Vabadussoja_Ajaloo_Komitee, lk 32
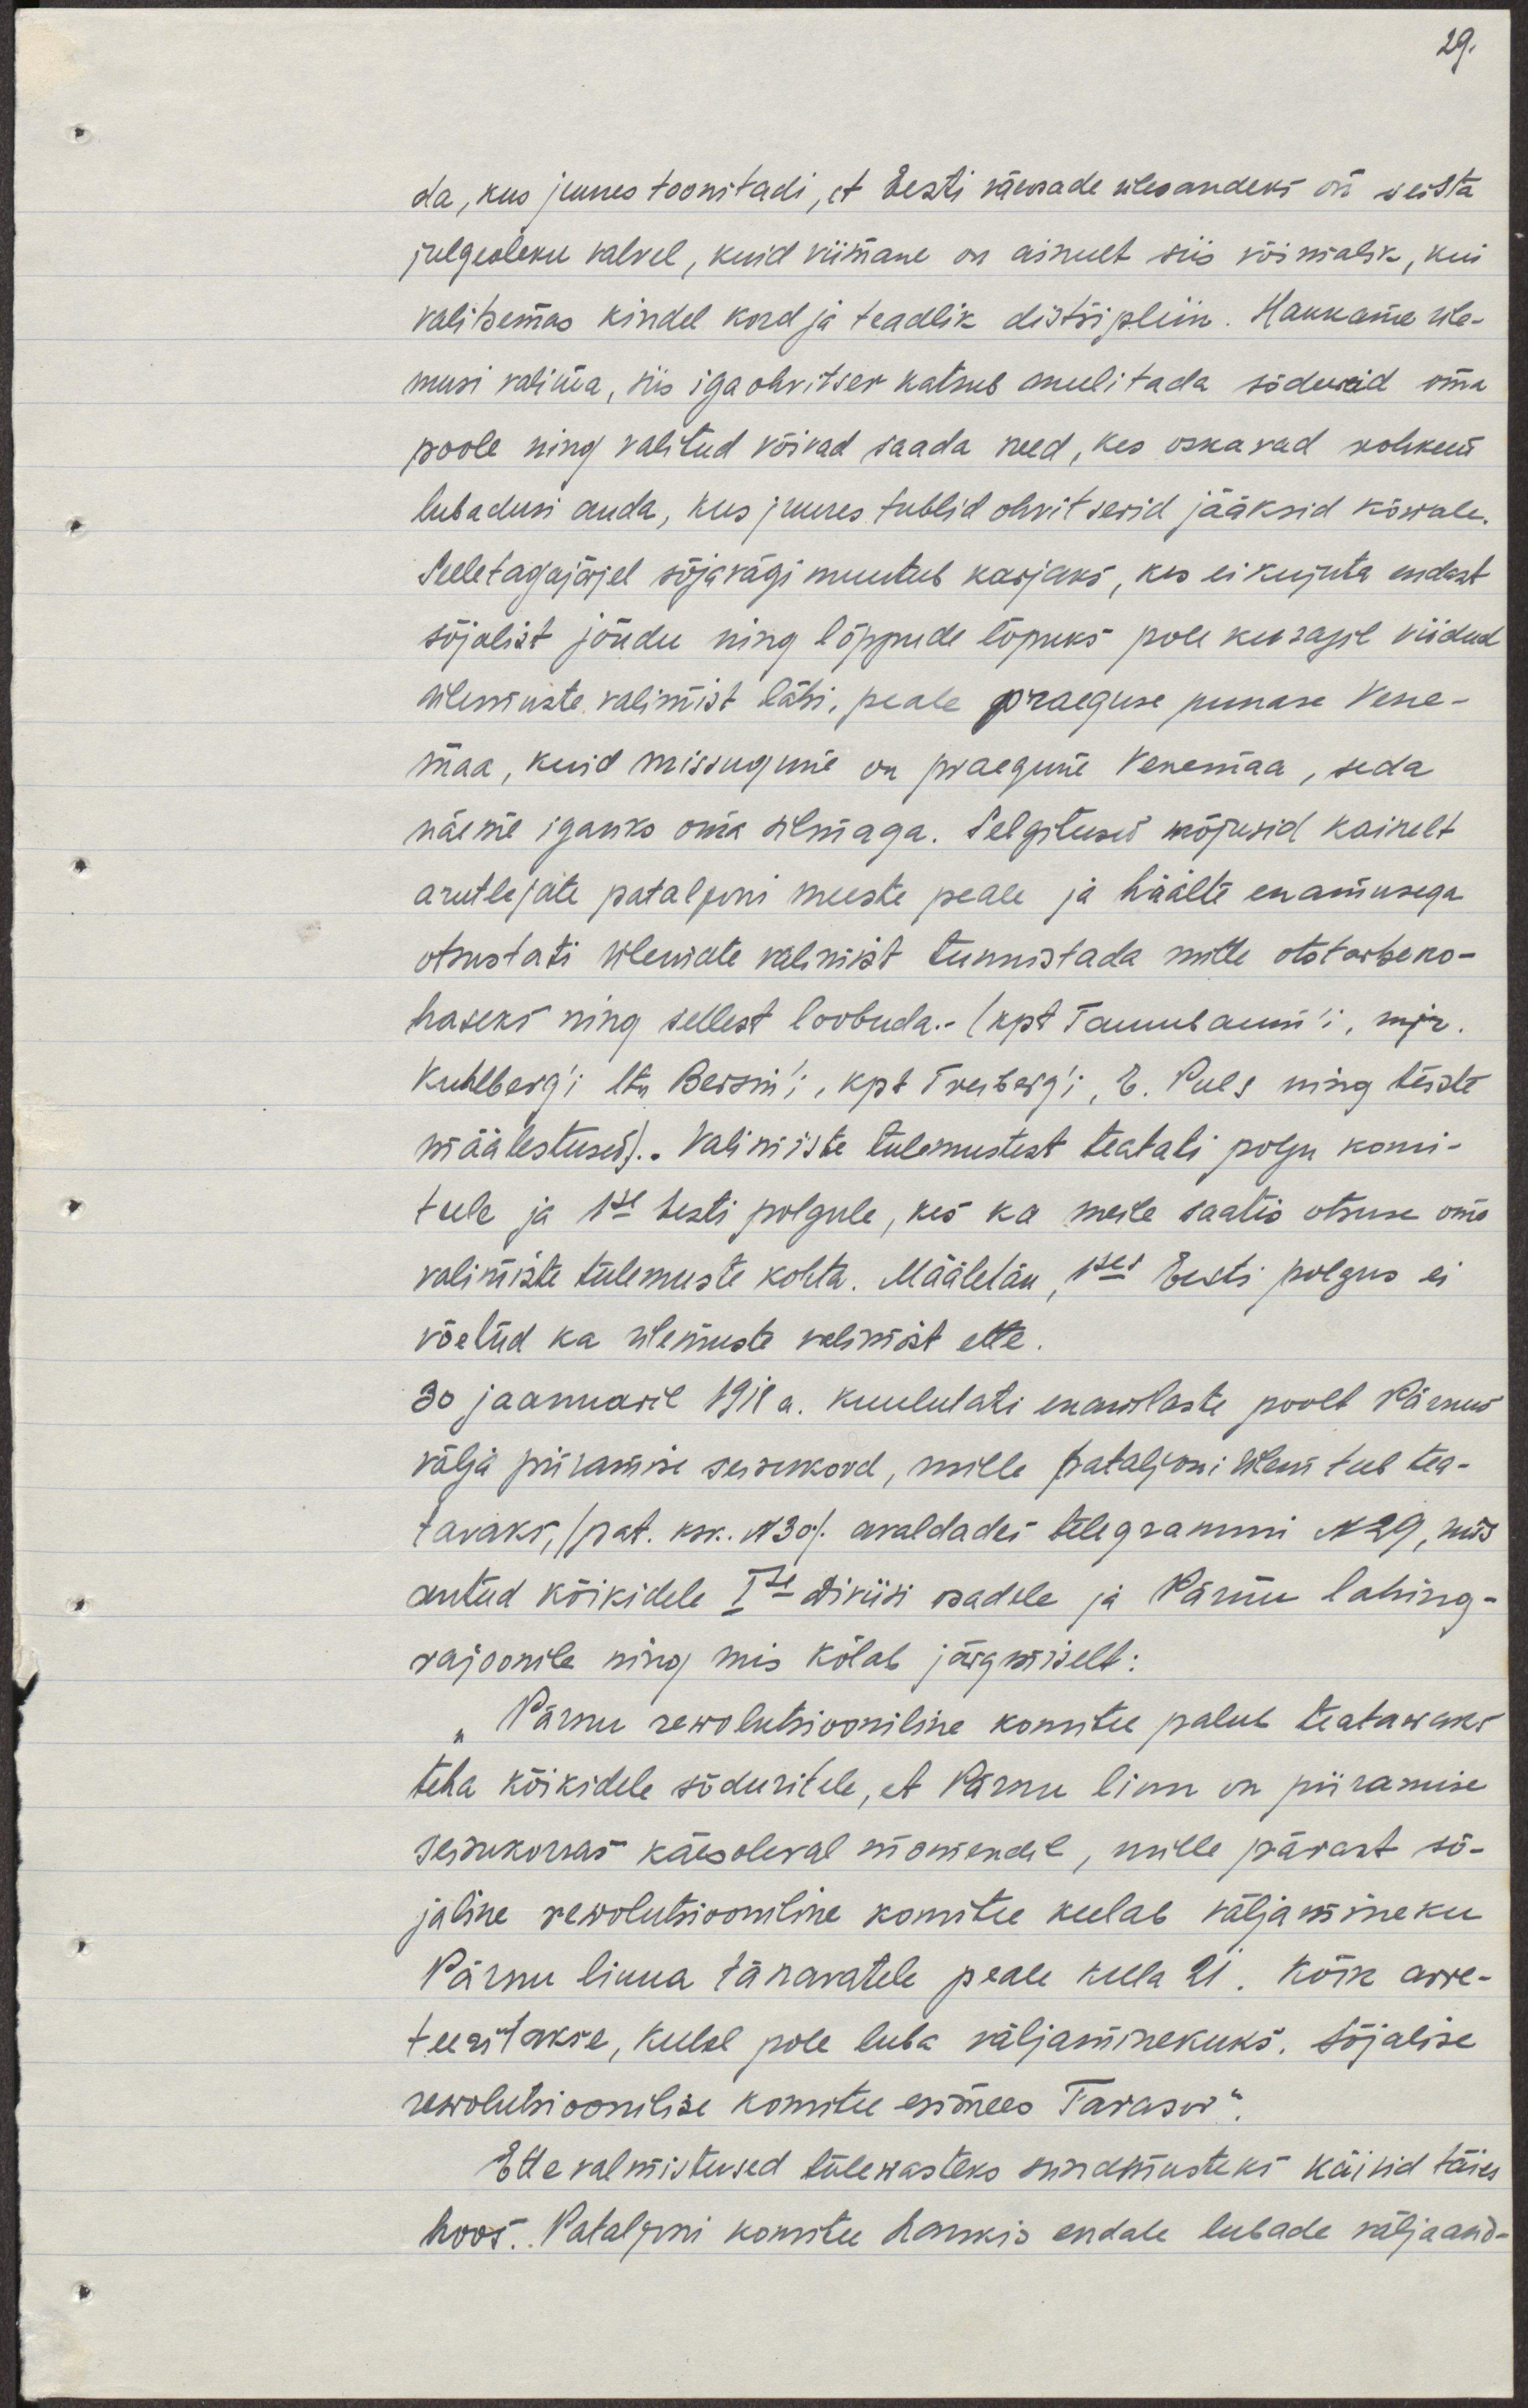
da, kus juures toonitadi, et Eesti väeosade ülesandeks on seista
julgoleku valvel, kuid viimane on ainult siis võimalik, kui
valitsemas kindel kord ja teadlik distsipliin. Hakkame üle-
musi valima, siis iga ohvitser katsub meelitada sõdureid oma
poole ning valitud võivad saada need, kes oskavad rohkem
lubadusi anda, kus juures tublid ohvitserid jääksid kõrvale.
Selle tagajärjel sõjavägi muutub karjaks, kes ei kujuta endast  
sõjalist jõudu ning lõppude lõpuks pole kusagil viidud
ülemuste valimisi läbi, peale punase Vene-
maa, kuid missugune on praegune Venemaa, seda
näeme igaüks oma silmaga. Selgitused mõjusid kainelt
arutlejate pataljoni meeste peale ja häälte enamusega
otsustati ülemate valimist tunnistada mitte otstarbeko-
haseks ning sellest loobuda. (Kpt Tannebaum'i, mjr.
Kuhlberg'i, Lt Bersin'i, kpt Treiberg'i, G. Puls ning teiste  
määlestused). Valimiste tulemustest teatati polgu komi-
teele ja 1se Eesti polgule, kes ka meile saatis otsuse oma
valimiste tulemuste kohta. Määletan, 1ses Eesti polgus ei 
võetud ka ülemuste valimist ette.
30 jaanuaril 1918a. kuulutati enamlaste poolt Pärnus
välja piiramise seisukord, mille pataljoni ülem teeb tea-
tavaks, /Pat. ksk. N30/ avaldades telegrammi N29, mis
antud kõikidele Ise diviisi osadele ja Pärnu lahing-  
rajoonile ning mis kõlab järgmiselt:
"Pärnu rewolutsiooniline komitee palub teatavaks 
teha kõikidele sõduritele, et Pärnu linn on piiramise
seisukorras käesoleval momendil, mille pärast sõ-
jaline rewolutsiooniline komitee keelab väljamineki
Pärnu linna tänavatele peale kella 21. Kõik arre-
teeritakse, kellel pole luba väljaminekuks. Sõjalise
rewolutsioonilise komitee esimees Tarasov".
Ettevalmistused tulevasteks sündmusteks käisid täies
hoos. Pataljoni komitee laskis endale lubada väljaand-